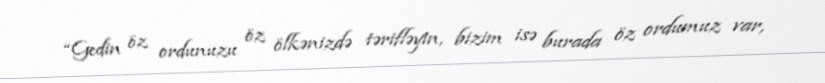
“Gedin öz ordunuzu öz ölkənizdə tərifləyin, bizim isə burada öz ordumuz var,